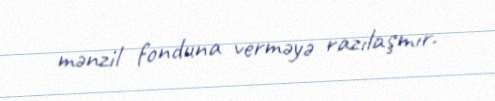
mənzil fonduna verməyə razılaşmır.